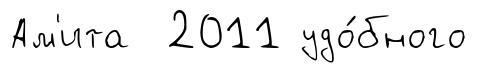
Ам'ита 2011 удо́бного